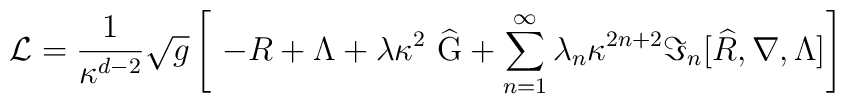
{\cal L}=\frac{1}{\kappa ^{d-2}}\sqrt{g}\left[ \ -R+\Lambda +\lambda \kappa^{2}~\widehat{{\rm G}}+\sum_{n=1}^{\infty }\lambda _{n}\kappa ^{2n+2}\Im_{n}[\widehat{R},\nabla ,\Lambda ]\right]